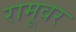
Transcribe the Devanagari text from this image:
रामूवर